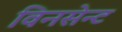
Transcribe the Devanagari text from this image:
विनसेन्ट